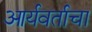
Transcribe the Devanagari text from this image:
आर्यवर्ताचा